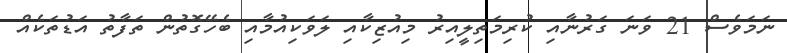
ނަމަވެސް 21 ވަނަ ގަރުނާއި ކުރިމަތިލީއިރު މިއުޒިކާއި ލަވަކިއުމާއި ބެހޭގޮތުން ތަފާތު އަޑުތަކެއް